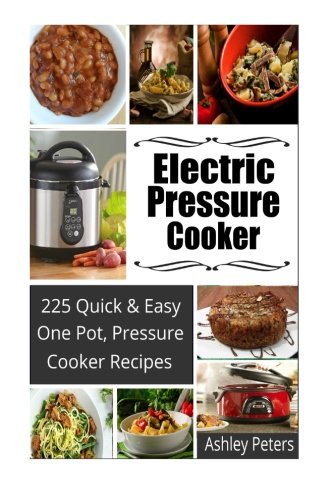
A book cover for Electric Pressure Cooker:  225 Quick, One Pot, Pressure Cooker Recipes; Ashley Peters; Cookbooks, Food & Wine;